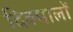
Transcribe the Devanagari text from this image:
दिक्पालों